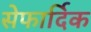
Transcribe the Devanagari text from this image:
सेफार्दिक